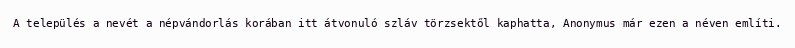
A település a nevét a népvándorlás korában itt átvonuló szláv törzsektől kaphatta, Anonymus már ezen a néven említi.